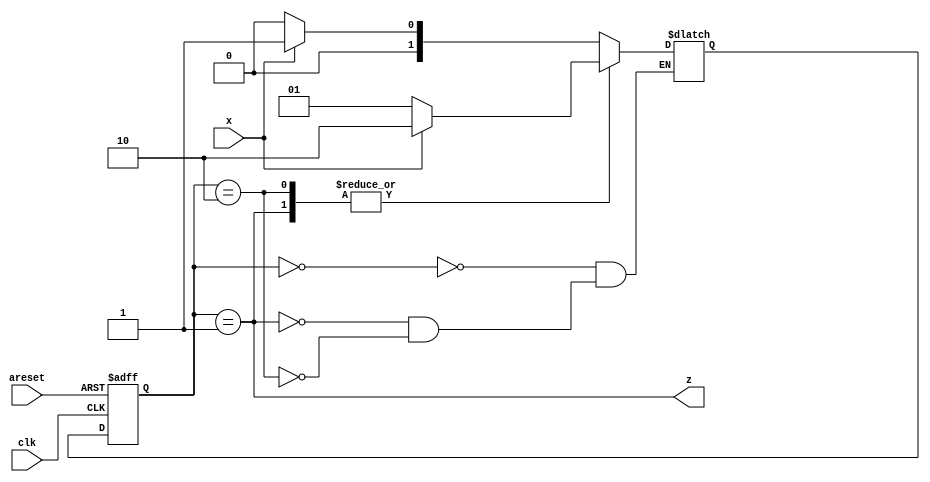
module top_module (
    input clk,
    input areset,
    input x,
    output z
); 
    parameter A=0, B=1, C=2;
    reg [1:0] state, next;
    
    always @(*) begin
        case (state)
            A: next = x?B:A; //first bit and bits with count in, output 0
            B: next = x?C:B; //bits without count in, output 1
            C: next = x?C:B; //bits without count in, output 0
        endcase
    end
    
    always @(posedge clk, posedge areset) begin
        if (areset)
            state <= A;
        else
        	state <= next;
    end
	
    assign z = (state == B);
    
endmodule